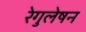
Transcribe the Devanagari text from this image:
रेगुलेषन